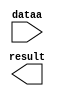
// This program was cloned from: https://github.com/Waikebber/PWM-Robotic-Arm
// License: MIT License

// megafunction wizard: %LPM_MULT%VBB%
// GENERATION: STANDARD
// VERSION: WM1.0
// MODULE: lpm_mult 

// ============================================================
// Megafunction Name(s):
// 			lpm_mult
//
// Simulation Library Files(s):
// 			lpm
// ============================================================
// ************************************************************
// THIS IS A WIZARD-GENERATED FILE. DO NOT EDIT THIS FILE!
//
// 18.1.0 Build 625 09/12/2018 SJ Lite Edition
// ************************************************************

//Copyright (C) 2018  Intel Corporation. All rights reserved.
//Your use of Intel Corporation's design tools, logic functions 
//and other software and tools, and its AMPP partner logic 
//functions, and any output files from any of the foregoing 
//(including device programming or simulation files), and any 
//associated documentation or information are expressly subject 
//to the terms and conditions of the Intel Program License 
//Subscription Agreement, the Intel Quartus Prime License Agreement,
//the Intel FPGA IP License Agreement, or other applicable license
//agreement, including, without limitation, that your use is for
//the sole purpose of programming logic devices manufactured by
//Intel and sold by Intel or its authorized distributors.  Please
//refer to the applicable agreement for further details.

module mult_increment1 (
	dataa,
	result);

	input	[3:0]  dataa;
	output	[25:0]  result;

endmodule

// ============================================================
// CNX file retrieval info
// ============================================================
// Retrieval info: PRIVATE: AutoSizeResult NUMERIC "0"
// Retrieval info: PRIVATE: B_isConstant NUMERIC "1"
// Retrieval info: PRIVATE: ConstantB NUMERIC "2500"
// Retrieval info: PRIVATE: INTENDED_DEVICE_FAMILY STRING "Cyclone V"
// Retrieval info: PRIVATE: LPM_PIPELINE NUMERIC "0"
// Retrieval info: PRIVATE: Latency NUMERIC "0"
// Retrieval info: PRIVATE: SYNTH_WRAPPER_GEN_POSTFIX STRING "0"
// Retrieval info: PRIVATE: SignedMult NUMERIC "0"
// Retrieval info: PRIVATE: USE_MULT NUMERIC "1"
// Retrieval info: PRIVATE: ValidConstant NUMERIC "1"
// Retrieval info: PRIVATE: WidthA NUMERIC "4"
// Retrieval info: PRIVATE: WidthB NUMERIC "23"
// Retrieval info: PRIVATE: WidthP NUMERIC "26"
// Retrieval info: PRIVATE: aclr NUMERIC "0"
// Retrieval info: PRIVATE: clken NUMERIC "0"
// Retrieval info: PRIVATE: new_diagram STRING "1"
// Retrieval info: PRIVATE: optimize NUMERIC "0"
// Retrieval info: LIBRARY: lpm lpm.lpm_components.all
// Retrieval info: CONSTANT: LPM_HINT STRING "INPUT_B_IS_CONSTANT=YES,MAXIMIZE_SPEED=5"
// Retrieval info: CONSTANT: LPM_REPRESENTATION STRING "UNSIGNED"
// Retrieval info: CONSTANT: LPM_TYPE STRING "LPM_MULT"
// Retrieval info: CONSTANT: LPM_WIDTHA NUMERIC "4"
// Retrieval info: CONSTANT: LPM_WIDTHB NUMERIC "23"
// Retrieval info: CONSTANT: LPM_WIDTHP NUMERIC "26"
// Retrieval info: USED_PORT: dataa 0 0 4 0 INPUT NODEFVAL "dataa[3..0]"
// Retrieval info: USED_PORT: result 0 0 26 0 OUTPUT NODEFVAL "result[25..0]"
// Retrieval info: CONNECT: @dataa 0 0 4 0 dataa 0 0 4 0
// Retrieval info: CONNECT: @datab 0 0 23 0 2500 0 0 23 0
// Retrieval info: CONNECT: result 0 0 26 0 @result 0 0 26 0
// Retrieval info: GEN_FILE: TYPE_NORMAL mult_increment1.v TRUE
// Retrieval info: GEN_FILE: TYPE_NORMAL mult_increment1.inc TRUE
// Retrieval info: GEN_FILE: TYPE_NORMAL mult_increment1.cmp TRUE
// Retrieval info: GEN_FILE: TYPE_NORMAL mult_increment1.bsf TRUE
// Retrieval info: GEN_FILE: TYPE_NORMAL mult_increment1_inst.v TRUE
// Retrieval info: GEN_FILE: TYPE_NORMAL mult_increment1_bb.v TRUE
// Retrieval info: LIB_FILE: lpm